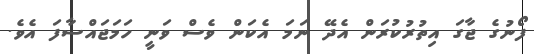
ފޯނުގެ ޖާގަ އިތުރުކުރަން އެދޭ ނަމަ އެކަން ވެސް ވަނީ ހަމަޖައްސާފަ އެވެ.